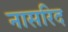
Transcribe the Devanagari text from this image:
नासरिद